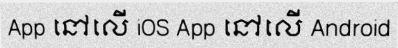
App នៅលើ iOS App នៅលើ Android